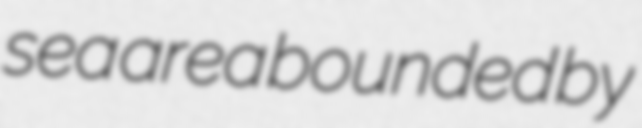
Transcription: sea area bounded by